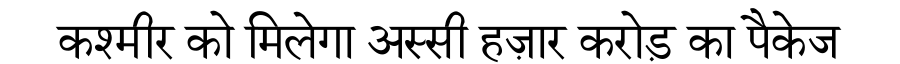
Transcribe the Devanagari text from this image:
कश्मीर को मिलेगा अस्सी हज़ार करोड़ का पैकेज